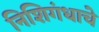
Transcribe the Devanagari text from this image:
निशिगंधाचे